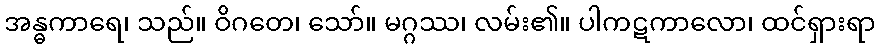
အန္ဓကာရေ၊ သည်။ ဝိဂတေ၊ သော်။ မဂ္ဂဿ၊ လမ်း၏။ ပါကဋကာလော၊ ထင်ရှားရာ